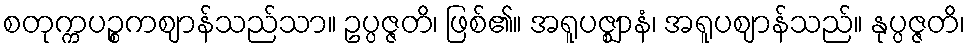
စတုက္ကပဉ္စကဈာန်သည်သာ။ ဥပ္ပဇ္ဇတိ၊ ဖြစ်၏။ အရူပဇ္ဈာနံ၊ အရူပဈာန်သည်။ နုပ္ပဇ္ဇတိ၊